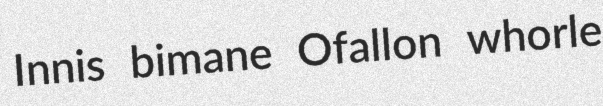
Innis bimane Ofallon whorle